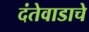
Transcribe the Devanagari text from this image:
दंतेवाडाचे